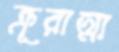
ক্রূরাত্মা